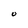
Character: O